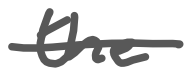
Text: the
Cross-out: single-line
Writing tool: digital_gray